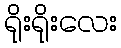
ရိုးရိုးလေး